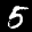
Label: 5